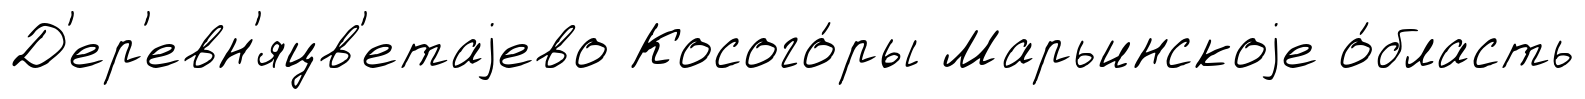
Д'ер'евн'яцв'етаjево Косого́ры Марьинскоjе о́бласть